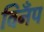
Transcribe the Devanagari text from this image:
विनँप